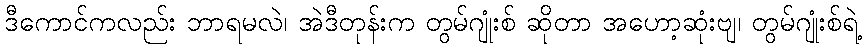
ဒီကောင်ကလည်း ဘာရမလဲ၊ အဲဒီတုန်းက တွမ်ဂျုံးစ် ဆိုတာ အဟော့ဆုံးဗျ၊ တွမ်ဂျုံးစ်ရဲ့